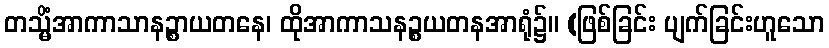
တသ္မိံအာကာသာနဉ္စာယတနေ၊ ထိုအာကာသနဉ္စယတနအာရုံ၌။ (ဖြစ်ခြင်း ပျက်ခြင်းဟူသော